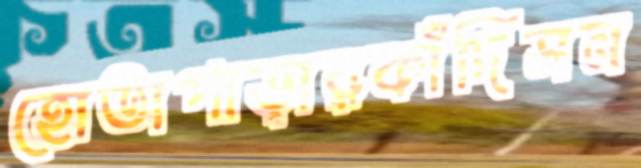
হোতাপাড়ারকাঁদিসন